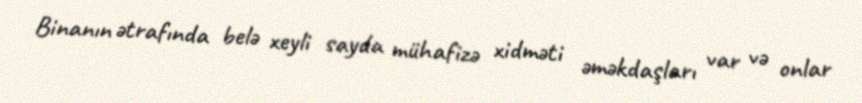
Binanın ətrafında belə xeyli sayda mühafizə xidməti əməkdaşları var və onlar